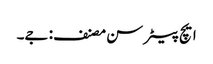
ایچ پیٹر سن مصنف: جے۔